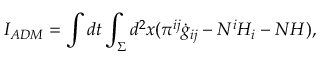
I _ { A D M } = \int d t \int _ { \Sigma } d ^ { 2 } x ( \pi ^ { i j } \dot { g } _ { i j } - N ^ { i } { \cal H } _ { i } - N { \cal H } ) ,